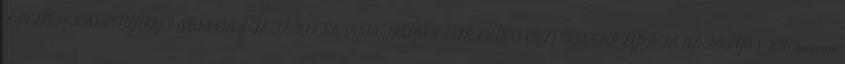
KIEGÉSZÍTŐ PÉNZÜGYI SZOLGÁLTATÁSOKRA VONATKOZÓ ÁLTALÁNOS ÜZLETSZABÁLYZATA HATÁLYOS: 2016. március